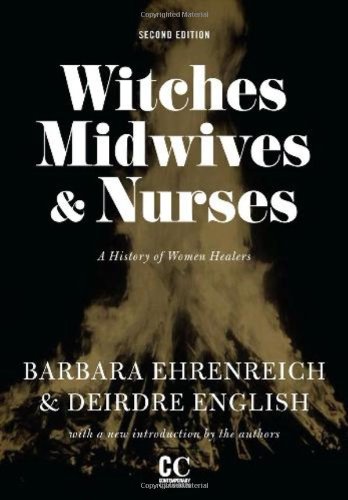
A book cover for Witches, Midwives, and Nurses: A History of Women Healers (Contemporary Classics); Barbara Ehrenreich; Medical Books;